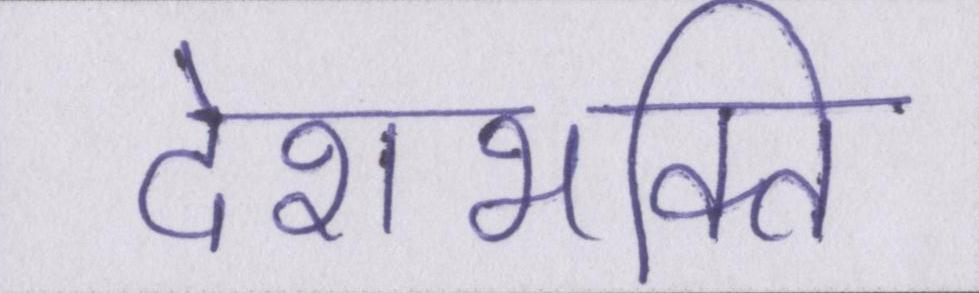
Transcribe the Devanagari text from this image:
देशभक्ति